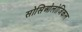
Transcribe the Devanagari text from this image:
सोसिओलोजिकल